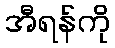
အီရန်ကို